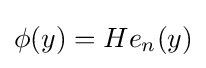
\phi (y)=He_{n}(y)